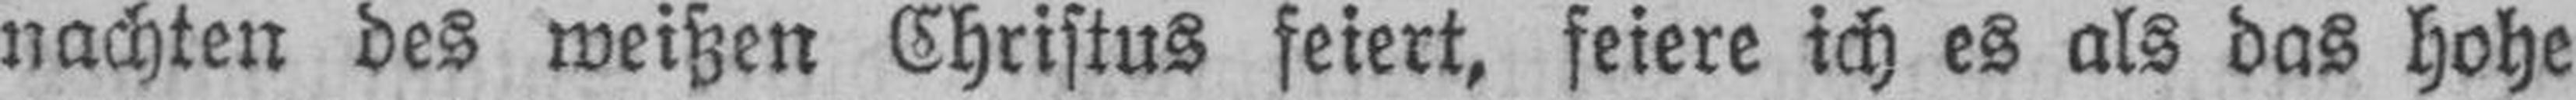
nachten des weißen Christus feiert, feiere ich es als das hohe